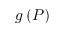
g \left( P \right)